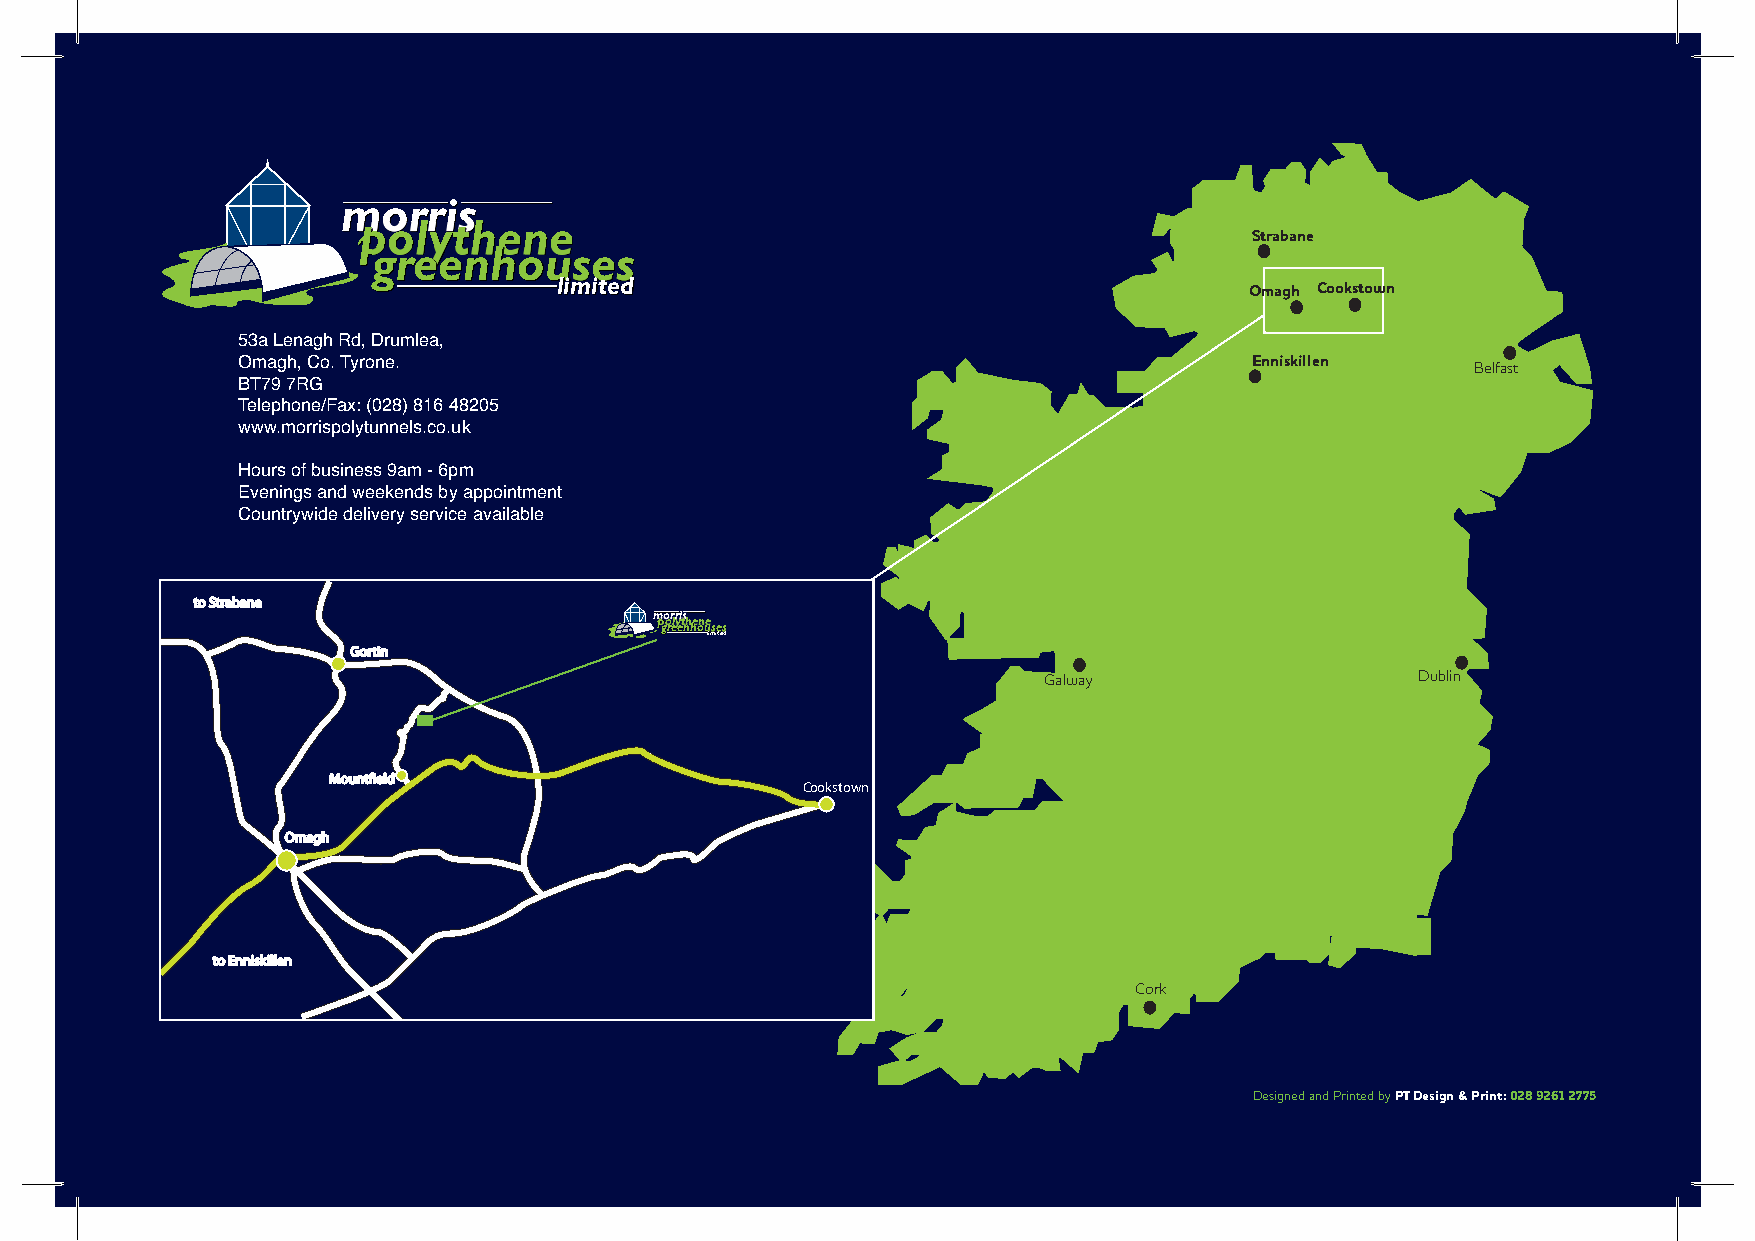
mmmmmmmmmmmooooooooooorrrrrrrrrrrrrrrrrrrrrriiiiiiiiiiiisssssssssss
 ppppppppppoooooooollllllllyyyyyyyyyyttttttttthhhhhhhhheeeeeeeeennnnnnnneeeeeeeee
 Strabane
 gggrrreeeeeennnhhhooouuuuuuuuussssssssseeeeeeeeessssssss
 lliimmiitteedd
 Omagh Cookstown
 53a Lenagh Rd, Drumlea,
 Omagh, Co. Tyrone.                                                 Enniskillen
 Belfast
 BT79 7RG
 Telephone/Fax: (028) 816 48205
 www.morrispolytunnels.co.uk
 Hours of business 9am - 6pm
 Evenings and weekends by appointment
 Countrywide delivery service available
 to Strabane
 mmmmmmmmmmppppppppppgggoooooooooooooooooorrrrrrrrrrrrr eeellllllllryrrrrrrrrryyyyyyyyyeeeiiiiiiiiiiitttttttttssssssssss nnnhhhhhhhhhhhheeeeeeeeeooonnnnnnnnuuuuuuuuueeeeeeeeessssssssseeeeeeeeessssssss
 lliimmiitteedd
 Gortin
 Galway                   Dublin
 Mountfield
 Cookstown
 Omagh
 to Enniskillen
 Cork
 Designed and Printed by PT Design & Print:028 9261 2775